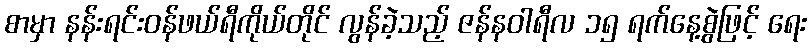
စာမှာ နန်းရင်းဝန်ဖယ်ရီကိုယ်တိုင် လွန်ခဲ့သည့် ဇန်နဝါရီလ ၁၅ ရက်နေ့စွဲဖြင့် ရေး